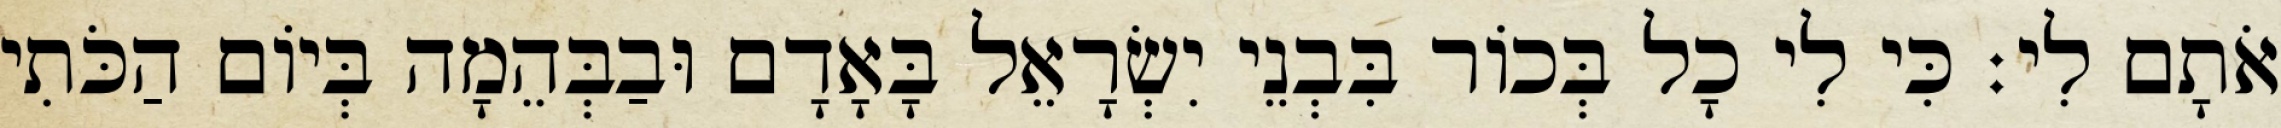
אֹתָם לִי׃ כִּי לִי כָל בְּכוֹר בִּבְנֵי יִשְׂרָאֵל בָּאָדָם וּבַבְּהֵמָה בְּיוֹם הַכֹּתִי